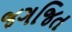
જગજિત